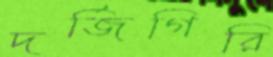
দর্জিগিরি